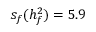
s _ { f } ( h _ { f } ^ { 2 } ) = 5 . 9